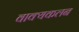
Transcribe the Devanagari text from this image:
वाक्यकलन